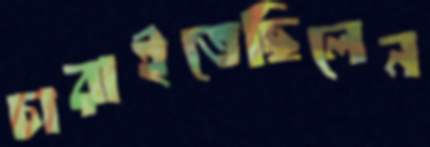
চারাইতেছিলেন